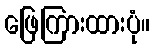
ဖြေကြားထားပုံ။